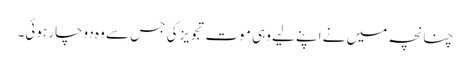
چنانچہ میں نے اپنے لیے وہی موت تجویز کی جس سے وہ دوچار ہوئی۔